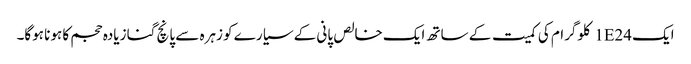
ایک 1E24 کلوگرام کی کمیت کے ساتھ ایک خالص پانی کے سیارے کو زہرہ سے پانچ گنا زیادہ حجم کا ہونا ہوگا۔